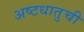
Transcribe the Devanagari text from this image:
अष्टधातुची